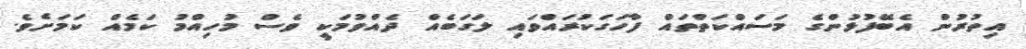
އިތުރުން އެބޭފުޅުންގެ މަސައްކަތްތައް ފާހަގަކުރައްވައި ލަގަބެއް ދެއްވުމަކީ ވެސް މުހިއްމު ކަމެއް ކަމަށެވެ.